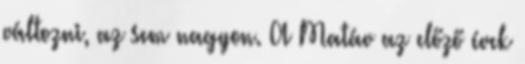
változni, az sem nagyon. A Matáv az előző évek